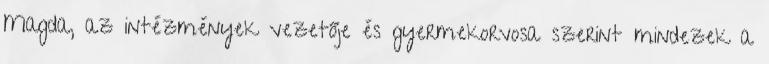
Magda, az intézmények vezetője és gyermekorvosa szerint mindezek a